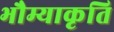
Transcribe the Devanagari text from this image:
भौम्याकृति